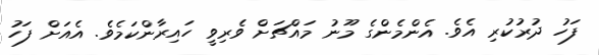
ފަހު ދުރުކުރި އެވެ. އެންމެންގެ މޫނު މައްޗަށް ވެރިވީ ހައިރާންކަމެވެ. އެއަށް ފަހު